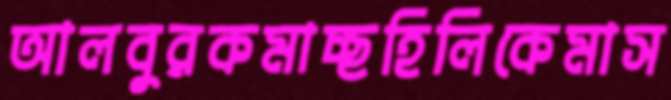
আলবুরকমাচ্ছহিলিকেমাস